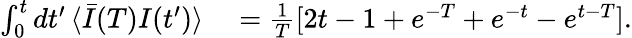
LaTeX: \begin{array}{rl}{\int_{0}^{t}dt^{\prime}\, \langle\bar{I}(T)I(t^{\prime})\rangle}&{{}=\frac{1}{T}[2t-1+e^{-T}+e^{-t}-e^{t-T}].}\end{array}